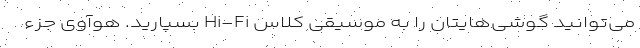
می‌توانید گوشی‌هایتان را به موسیقی کلاس Hi-Fi بسپارید. هوآوی جزء